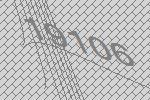
19106